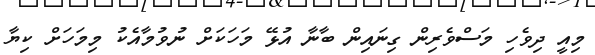
މިއީ ދިވެހި މަސްވެރިން ގިނައިން ބާނާ އުޅޭ މަހަކަށް ނުވުމާއެކު މިމަހަށް ކިޔާ